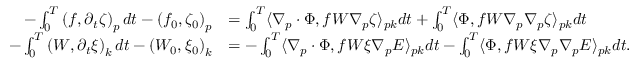
\begin{array} { r l } { - \int _ { 0 } ^ { T } \left( f , \partial _ { t } \zeta \right) _ { p } d t - \left( f _ { 0 } , \zeta _ { 0 } \right) _ { p } } & { = \int _ { 0 } ^ { T } \langle \nabla _ { p } \cdot \Phi , f W \nabla _ { p } \zeta \rangle _ { p k } d t + \int _ { 0 } ^ { T } \langle \Phi , f W \nabla _ { p } \nabla _ { p } \zeta \rangle _ { p k } d t } \\ { - \int _ { 0 } ^ { T } \left( W , \partial _ { t } \xi \right) _ { k } d t - \left( W _ { 0 } , \xi _ { 0 } \right) _ { k } } & { = - \int _ { 0 } ^ { T } \langle \nabla _ { p } \cdot \Phi , f W \xi \nabla _ { p } E \rangle _ { p k } d t - \int _ { 0 } ^ { T } \langle \Phi , f W \xi \nabla _ { p } \nabla _ { p } E \rangle _ { p k } d t . } \end{array}